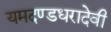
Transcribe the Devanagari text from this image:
यमदण्डधरादेवी